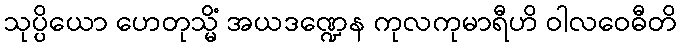
သုပ္ပိယော ဟေတုသ္မိံ အယဒဏ္ဍေန ကုလကုမာရီဟိ ဝါလဝေဓီတိ